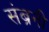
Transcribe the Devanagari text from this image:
संब्रनी